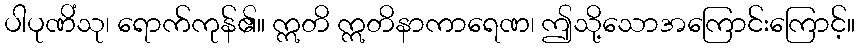
ပါပုဏိံသု၊ ရောက်ကုန်၏။ ဣတိ ဣတိနာကာရေဏ၊ ဤသို့သောအကြောင်းကြောင့်။